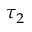
\tau _ { 2 }